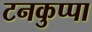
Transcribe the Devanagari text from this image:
टनकुप्पा